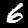
Digit: 6